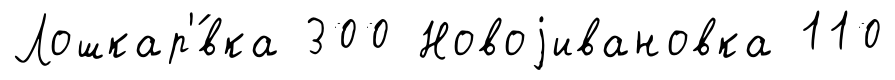
Лошкар'́вка 300 Новоjивановка 110